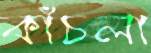
কাঁচলা